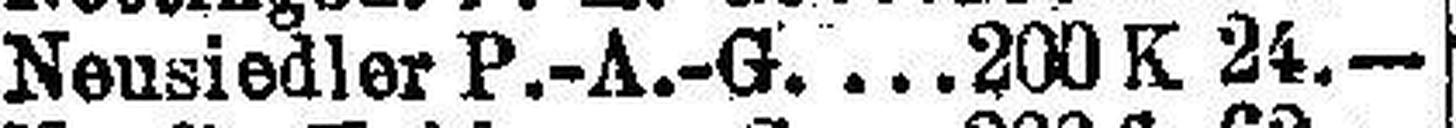
Neusiedler P.-A.-G.  200 K 24.—